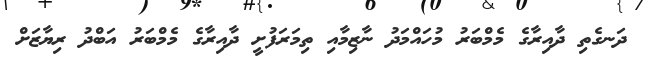
ދަނގެތި ދާއިރާގެ މެމްބަރު މުހައްމަދު ނާޒިމާއި ތިމަރަފުށީ ދާއިރާގެ މެމްބަރު އަބްދު ރިޔާޒަށް